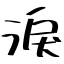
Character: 淚